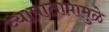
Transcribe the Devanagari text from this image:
व्यापातापामुळे